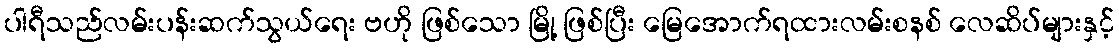
ပါရီသည်လမ်းပန်းဆက်သွယ်ရေး ဗဟို ဖြစ်သော မြို့ ဖြစ်ပြီး မြေအောက်ရထားလမ်းစနစ် လေဆိပ်များနှင့်